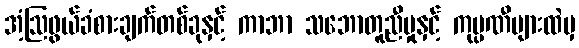
အံ့ဩဖွယ်ခံစားချက်တစ်ခုနှင့် ကာဘာ သဘောတူညီမှုနှင့် ကုမ္ပဏီများထဲမှ